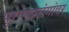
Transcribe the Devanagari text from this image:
पुराणप्रसंगांवर